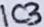
Text: IC3